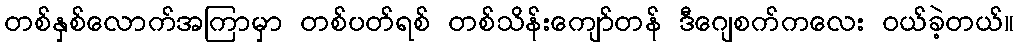
တစ်နှစ်လောက်အကြာမှာ တစ်ပတ်ရစ် တစ်သိန်းကျော်တန် ဒီဂျေစက်ကလေး ဝယ်ခဲ့တယ်။